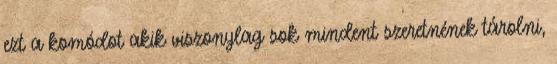
ezt a komódot akik viszonylag sok mindent szeretnének tárolni,